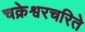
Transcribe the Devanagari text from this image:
चक्रेश्वरचरिते